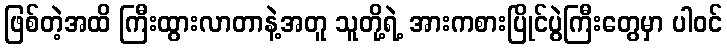
ဖြစ်တဲ့အထိ ကြီးထွားလာတာနဲ့အတူ သူတို့ရဲ့ အားကစားပြိုင်ပွဲကြီးတွေမှာ ပါဝင်